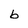
Character: b